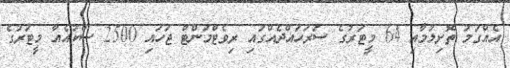
އެއްގަމު ތޮށިލުމާއި 64 މީޓަރުގެ ސަރަހައްދެއްގައި ރިވެޓްމަންޓް ޖަހައި 2500 ސްކުއެއާ މީޓަރުގެ